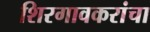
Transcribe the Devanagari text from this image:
शिरगावकरांचा